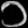
Digit: ၁